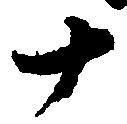
十